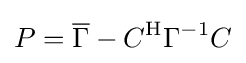
P={\overline {\Gamma }}-{C}^{\mathrm {H} }\Gamma ^{-1}C